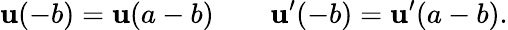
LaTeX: \mathbf{u}(-b)=\mathbf{u}(a-b)\qquad\mathbf{u}^{\prime}(-b)=\mathbf{u}^{\prime}(a-b).